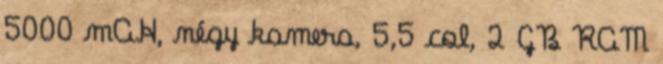
5000 mAH, négy kamera, 5,5 col, 2 GB RAM